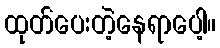
ထုတ်ပေးတဲ့နေရာပေါ့။